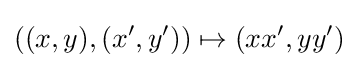
((x,y),(x',y'))\mapsto (xx',yy')